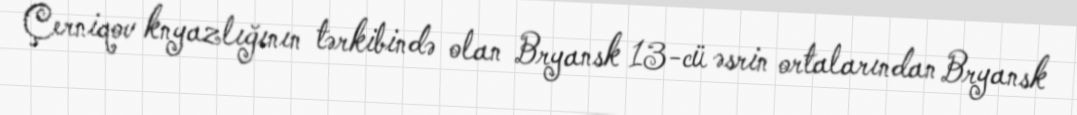
Çerniqov knyazlığının tərkibində olan Bryansk 13-cü əsrin ortalarından Bryansk